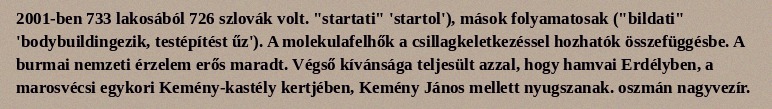
2001-ben 733 lakosából 726 szlovák volt. "startati" 'startol'), mások folyamatosak ("bildati" 'bodybuildingezik, testépítést űz'). A molekulafelhők a csillagkeletkezéssel hozhatók összefüggésbe. A burmai nemzeti érzelem erős maradt. Végső kívánsága teljesült azzal, hogy hamvai Erdélyben, a marosvécsi egykori Kemény-kastély kertjében, Kemény János mellett nyugszanak. oszmán nagyvezír.